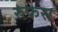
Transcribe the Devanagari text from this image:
रुफस